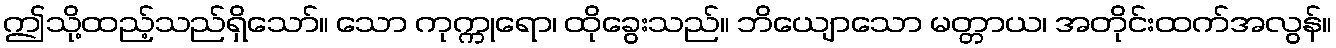
ဤသို့ထည့်သည်ရှိသော်။ သော ကုက္ကုရော၊ ထိုခွေးသည်။ ဘိယျောသော မတ္တာယ၊ အတိုင်းထက်အလွန်။